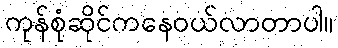
ကုန်စုံဆိုင်ကနေဝယ်လာတာပါ။